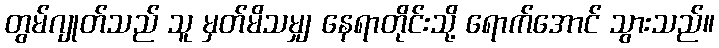
တွမ်ဂျုတ်သည် သူ မှတ်မိသမျှ နေရာတိုင်းသို့ ရောက်အောင် သွားသည်။